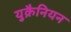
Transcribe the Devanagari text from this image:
युक्रैनियन